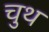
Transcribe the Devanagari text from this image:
चुथ